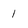
Character: 1